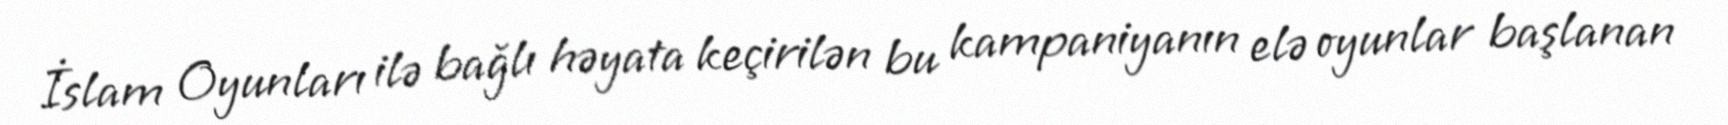
İslam Oyunları ilə bağlı həyata keçirilən bu kampaniyanın elə oyunlar başlanan